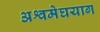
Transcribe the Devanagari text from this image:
अश्वमेघयाग